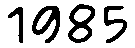
1985